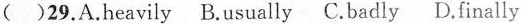
( )29. A.heavily B.usually C.badly D.finally